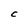
Character: C